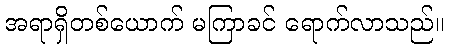
အရာရှိတစ်ယောက် မကြာခင် ရောက်လာသည်။